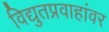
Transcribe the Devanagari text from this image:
विद्युतप्रवाहांवर